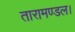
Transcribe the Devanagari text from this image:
तारामण्डल।